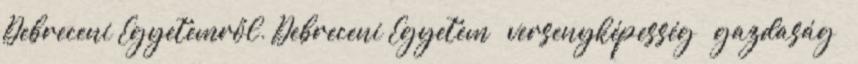
Debreceni Egyetemről. Debreceni Egyetem – versenyképesség – gazdaság –